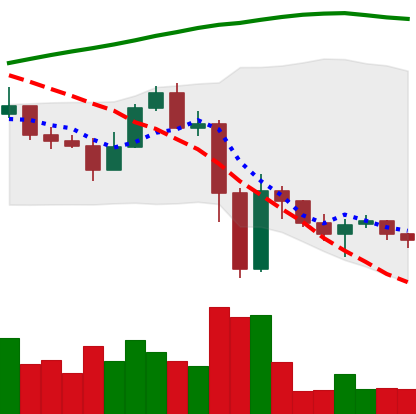
Ticker: ETC-USD
Chart end date: 2022-11-17
Forward return: -6.207%
Label: down_5_7